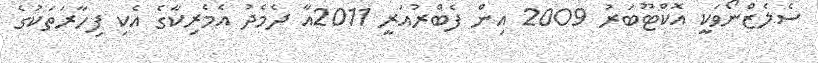
ސެލެޒްނޯވަކީ އޮކްޓޫބަރު 2009 އިން ފެބްރުއަރީ 2011އާ ދެމެދު އެމެރިކާގެ އެކި ފިހާރަތަކުގެ